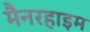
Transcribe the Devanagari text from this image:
मैनरहाइम